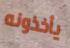
يأخذونه